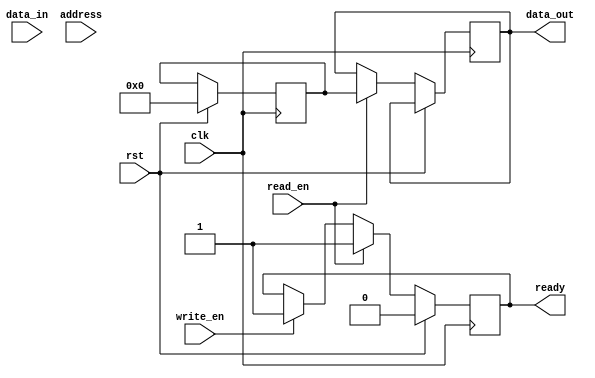
module SDRAM (
    input wire clk,
    input wire rst,
    input wire write_en,
    input wire read_en,
    input wire [31:0] data_in,
    output wire [31:0] data_out,
    input wire [13:0] address,
    output wire ready
);

// Define FIFO buffers
reg [31:0] read_buffer;
reg [31:0] write_buffer;

// Addressing logic
// (To be implemented)

// Control circuitry
// (To be implemented)

// Synchronous interface for input and output operations
always @(posedge clk) begin
    if (rst) begin
        read_buffer <= 0;
        write_buffer <= 0;
        ready <= 1'b0;
    end else begin
        if (write_en) begin
            write_buffer <= data_in;
            ready <= 1'b1;
        end
        
        if (read_en) begin
            data_out <= read_buffer;
            ready <= 1'b1;
        end
    end
end

endmodule